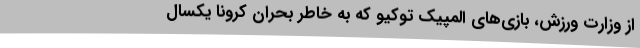
از وزارت ورزش، بازی‌های المپیک توکیو که به خاطر بحران کرونا یکسال